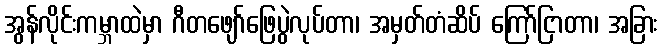
အွန်လိုင်းကမ္ဘာထဲမှာ ဂီတဖျော်ဖြေပွဲလုပ်တာ၊ အမှတ်တံဆိပ် ကြော်ငြာတာ၊ အခြား